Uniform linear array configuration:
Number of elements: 8
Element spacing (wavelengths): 0.75
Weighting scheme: binomial
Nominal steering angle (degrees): -45
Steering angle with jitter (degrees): -45.605
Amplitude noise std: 0.05
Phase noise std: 0.05

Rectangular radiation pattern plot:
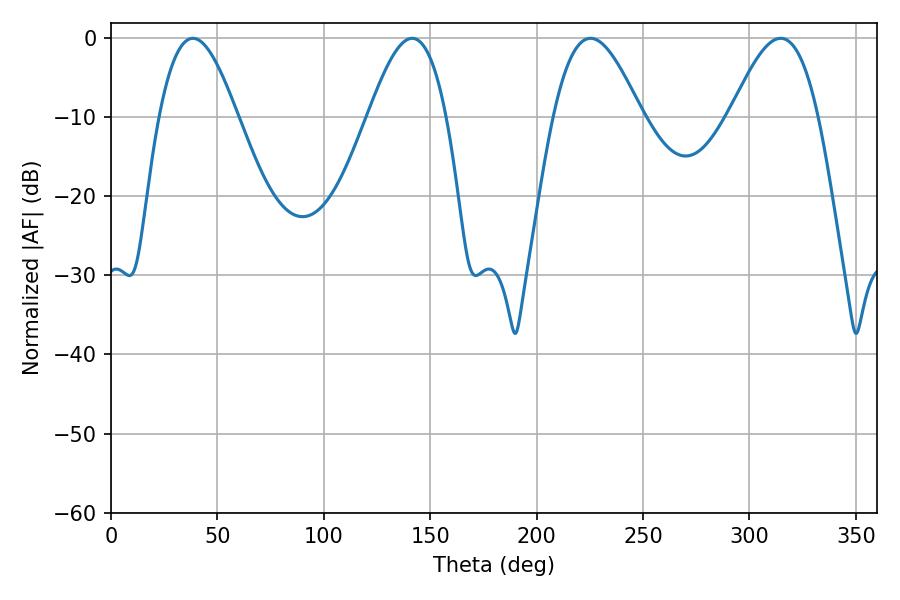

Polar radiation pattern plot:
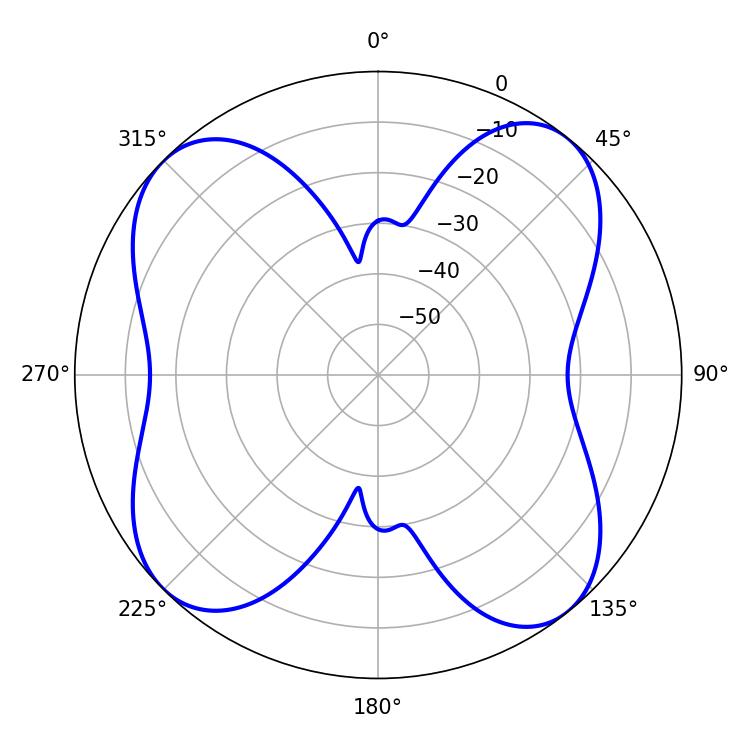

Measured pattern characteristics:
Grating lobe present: TRUE
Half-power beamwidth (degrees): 22.32
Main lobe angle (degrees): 225.36